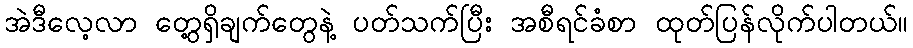
အဲဒီလေ့လာ တွေ့ရှိချက်တွေနဲ့ ပတ်သက်ပြီး အစီရင်ခံစာ ထုတ်ပြန်လိုက်ပါတယ်။